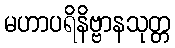
မဟာပရိနိဗ္ဗာနသုတ္တ